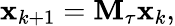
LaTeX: \mathbf{x}_{k+1}=\mathbf{M}_{\tau}\mathbf{x}_{k},